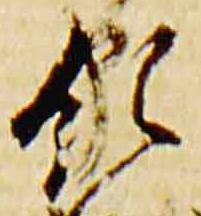
領